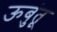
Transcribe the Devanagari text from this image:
ऊबुंतू